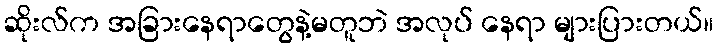
ဆိုးလ်က အခြားနေရာတွေနဲ့မတူဘဲ အလုပ် နေရာ များပြားတယ်။